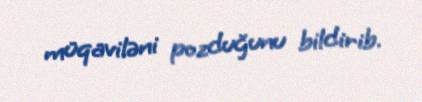
müqaviləni pozduğunu bildirib.